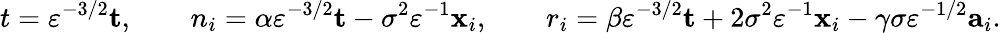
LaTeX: t=\varepsilon^{-3/2}\mathbf{t},\qquad n_{i}=\alpha\varepsilon^{-3/2}\mathbf{t}-\sigma^{2}\varepsilon^{-1}\mathbf{x}_{i},\qquad r_{i}=\beta\varepsilon^{-3/2}\mathbf{t}+2\sigma^{2}\varepsilon^{-1}\mathbf{x}_{i}-\gamma\sigma\varepsilon^{-1/2}\mathbf{a}_{i}.